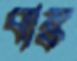
বাঙ্ক